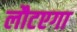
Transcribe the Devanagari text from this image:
लौटएगा